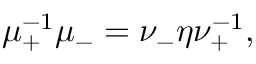
\mu _ { + } ^ { - 1 } \mu _ { - } = \nu _ { - } \eta \nu _ { + } ^ { - 1 } ,